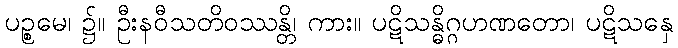
ပဉ္စမေ၊ ၌။ ဦးနဝီသတိဝဿန္တိ၊ ကား။ ပဋိသန္ဓိဂ္ဂဟဏတော၊ ပဋိသနှေ